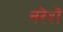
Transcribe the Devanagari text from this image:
नरेशें